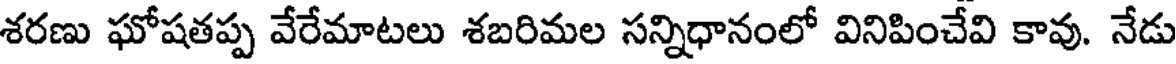
శరణు ఘోషతప్ప వేరేమాటలు శబరిమల సన్నిధానంలో వినిపించేవి కావు. నేడు